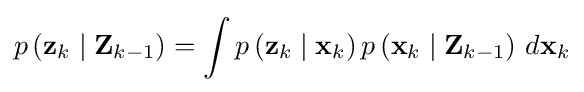
p\left(\mathbf {z} _{k}\mid \mathbf {Z} _{k-1}\right)=\int p\left(\mathbf {z} _{k}\mid \mathbf {x} _{k}\right)p\left(\mathbf {x} _{k}\mid \mathbf {Z} _{k-1}\right)\,d\mathbf {x} _{k}